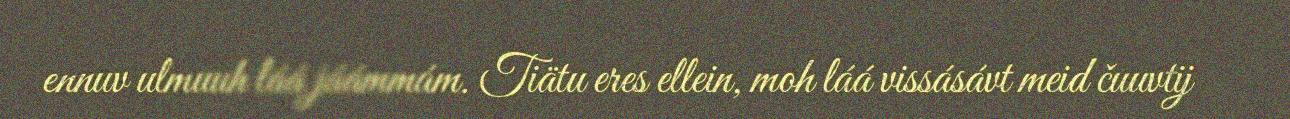
ennuv ulmuuh láá jáámmám. Tiätu eres ellein, moh láá vissásávt meid čuuvtij